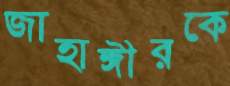
জাহাঙ্গীরকে